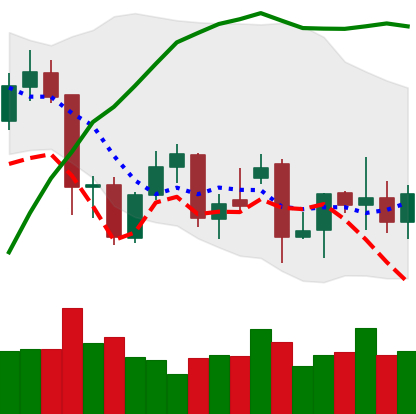
Ticker: XMR-USD
Chart end date: 2021-12-02
Forward return: -13.263%
Label: down_7plus